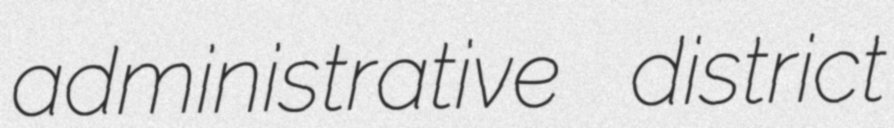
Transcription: administrative district